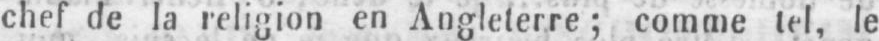
chef de la religion en Angleterre; comme tel, le